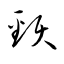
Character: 頸